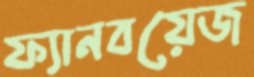
ফ্যানবয়েজ